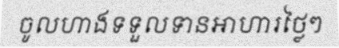
ចូលហាងទទួលទានអាហារថ្លៃៗ